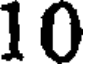
10